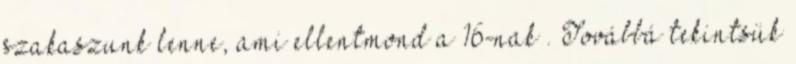
szakaszunk lenne, ami ellentmond a 16-nak . Továbbá tekintsük